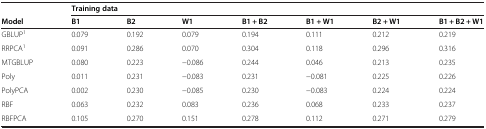
<table><thead><tr><td></td><td colspan="7"><b>Training data</b></td></tr><tr><td><b>Model</b></td><td><b>B1</b></td><td><b>B2</b></td><td><b>W1</b></td><td><b>B1 + B2</b></td><td><b>B1 + W1</b></td><td><b>B2 + W1</b></td><td><b>B1 + B2 + W1</b></td></tr></thead><tbody><tr><td>GBLUP<sup>1</sup></td><td>0.079</td><td>0.192</td><td>0.079</td><td>0.194</td><td>0.111</td><td>0.212</td><td>0.219</td></tr><tr><td>RRPCA<sup>1</sup></td><td>0.091</td><td>0.286</td><td>0.070</td><td>0.304</td><td>0.118</td><td>0.296</td><td>0.316</td></tr><tr><td>MTGBLUP</td><td>0.080</td><td>0.223</td><td>−0.086</td><td>0.244</td><td>0.046</td><td>0.213</td><td>0.235</td></tr><tr><td>Poly</td><td>0.011</td><td>0.231</td><td>−0.083</td><td>0.231</td><td>−0.081</td><td>0.225</td><td>0.226</td></tr><tr><td>PolyPCA</td><td>0.002</td><td>0.230</td><td>−0.085</td><td>0.230</td><td>−0.083</td><td>0.224</td><td>0.224</td></tr><tr><td>RBF</td><td>0.063</td><td>0.232</td><td>0.083</td><td>0.236</td><td>0.068</td><td>0.233</td><td>0.237</td></tr><tr><td>RBFPCA</td><td>0.105</td><td>0.270</td><td>0.151</td><td>0.278</td><td>0.112</td><td>0.271</td><td>0.279</td></tr></tbody></table>